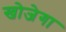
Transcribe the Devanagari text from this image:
खोजेगा